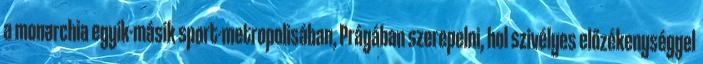
a monarchia egyik-másik sport-metropolisában, Prágában szerepelni, hol szivélyes előzékenységgel